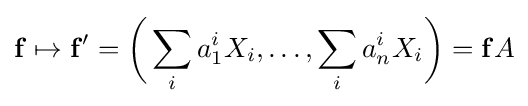
\mathbf {f} \mapsto \mathbf {f} '={\biggl (}\sum _{i}a_{1}^{i}X_{i},\dots ,\sum _{i}a_{n}^{i}X_{i}{\biggr )}=\mathbf {f} A